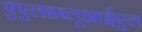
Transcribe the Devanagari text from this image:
एएलडब्लूआईएल